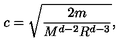
c = \sqrt { \frac { 2 m } { M ^ { d - 2 } R ^ { d - 3 } } } ,